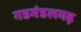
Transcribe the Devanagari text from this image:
गडमंडलगढ़